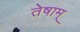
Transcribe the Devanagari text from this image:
तेषाम्